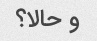
و حالا؟